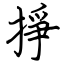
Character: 掙